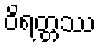
ဝိရတ္တဿ